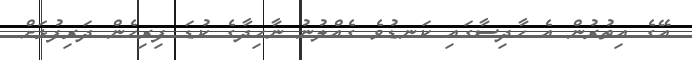
އޭގެ އިތުރުން އެ ހާދިސާގައި ކަނޑުވެ ގެއްލުނު ނާހިދާގެ ކުޑަ ފިރިހެން ދަރިފުޅަށް